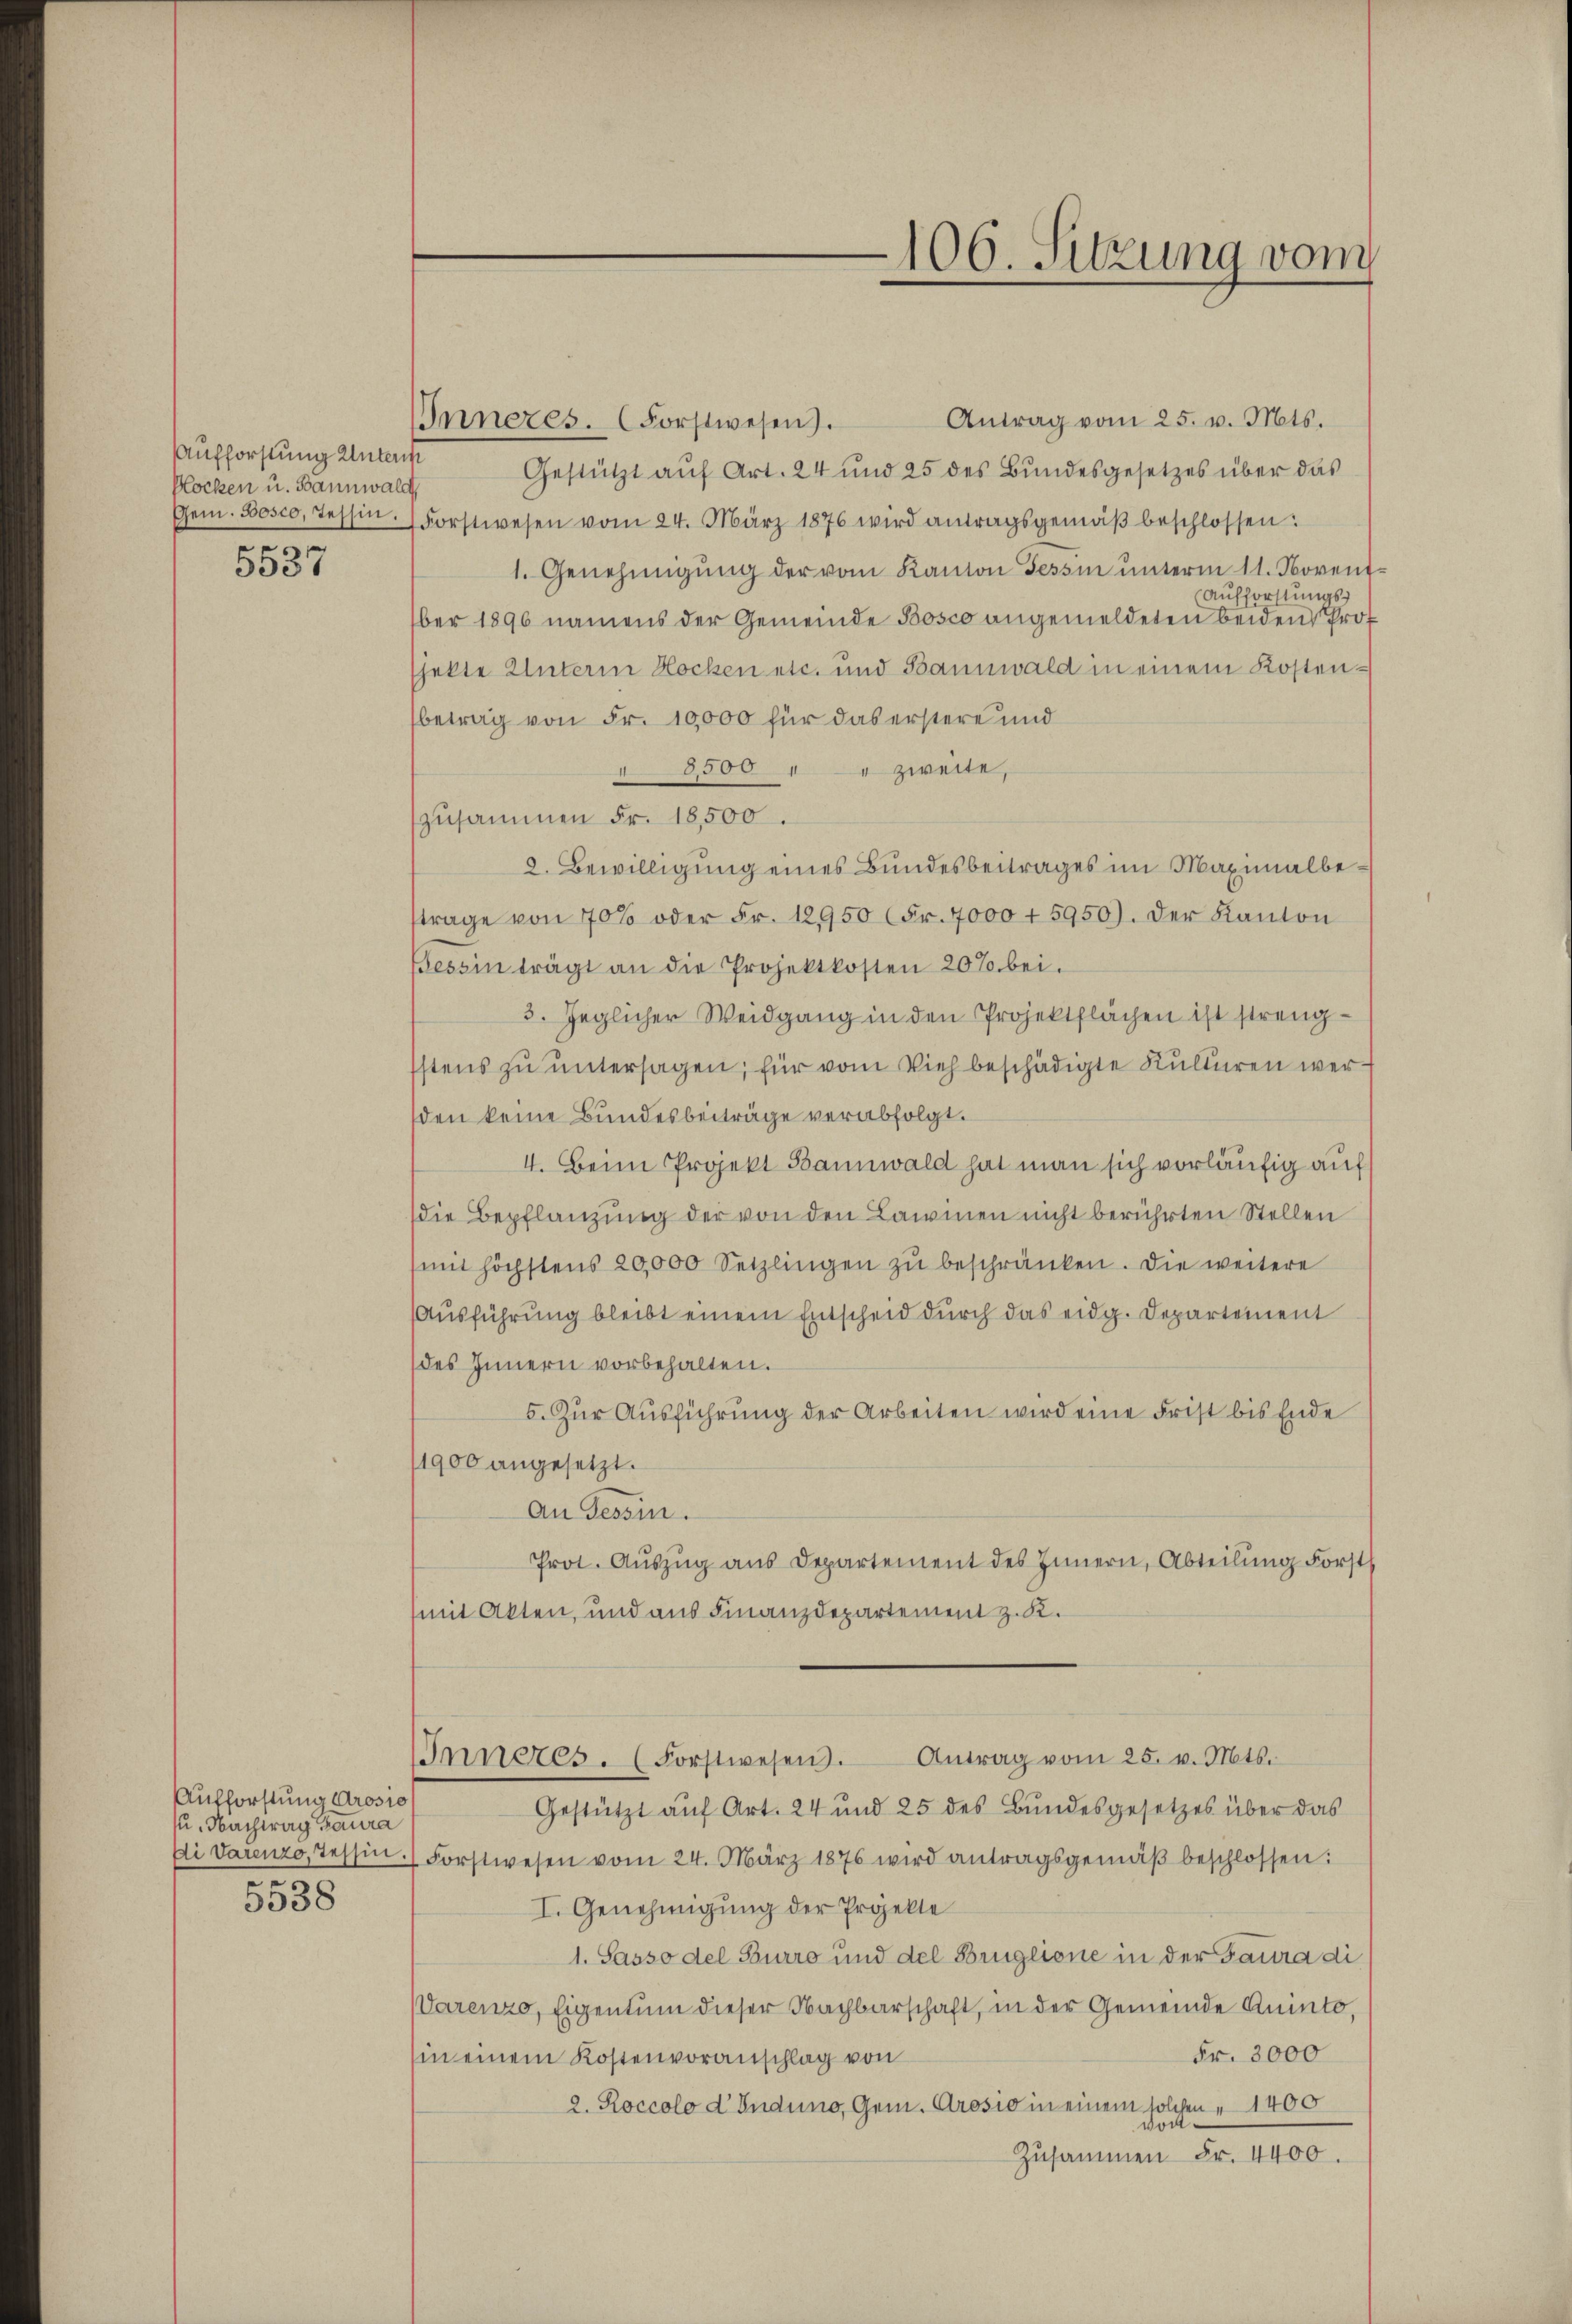
Aufforstung Unterst
Plocken u. Bannwald
Gem. Bosco, Tessin.
2

5537

Aufforstung Arosio
u. Nachtag Paura
Di Vařenzo, Tessin.
200

5538

Antrag vom 25. v. Mts.
Inneres. (Forstwesen.
Gestützt auf Art. 24 und 25 des Bundesgesetzes über das
Forstwesen vom 24. März 1876 wird antragsgemäβ beschlossen:
1. Genehmigŭng der vom Kanton Tessin ŭnterm 11. Novent
Aufforstungsber 1896 namens der Gemeinde Bosco angemeldeten beiden Prot
jekte Unterm Hocken etc. und Bannwald in einem Kostenbetrag von Fr. 10,000 für das erstere und
 3500 " " zweite,
zusammen Fr. 18,500.
2. Bewilligung eines Bundesbeitrages im Maximalbetrage von 70% oder Fr. 12950 Fr. 4000 + 5950). Der Kanton
Tessin trägt an die Projektkosten 20% bei.
3. Jeglicher Weidgang in den Projektflächen ist strengstens zu untersagen; für vom Vieh beschädigte Kulturen werden keine Bundesbeiträge verabfolgt.
4. Beim Projekt Bannwald hat man sich vorläufig auf
die Bepflanzung der von den Laimen nicht berührten Stellen
(mit höchstens 20,000 Setzlingen zŭ beschränken. Die weitere
Ausführung bleibt einem Entscheid durch das eidg. Departement
des Innern vorbehalten.
5. Zŭr Aŭsführŭng der Arbeiten wird eine Frist bis Ende
1900 angesetzt.
An Tessin.
Prot. Aŭszŭg aŭs Departement des Innern, Abteilung Forst
mit Akten, und aus Finanzdepartement z. K.
IInneres. (Forstwesen. Antrag vom 25. v. Mts.
Gestützt auf Art. 24 und 25 des Bundesgesetzes über das
Forstwesen vom 24. März 1876 wird antragsgemäβ beschlossen:
I. Genehmigung der Projekte
1. Sasso del Burro und del Bruglione in der Gaura di
Varenzo, Eigentum dieser Nachbarschaft, in der Gemeinde Quinto,
Fr. 3000
in einem Kostenvoranschlag von
2. Roccolo d Indung, Gem. Grosio in einem solchen " 1400
von¬
Zusammen Fr. 4400.

106. Sitzung vom
—